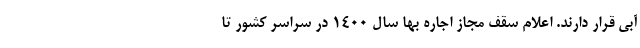
آبی قرار دارند. اعلام سقف مجاز اجاره ‌بها سال ۱۴۰۰ در سراسر کشور تا